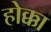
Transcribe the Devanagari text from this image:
होक्का